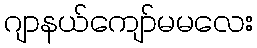
ဂျာနယ်ကျော်မမလေး